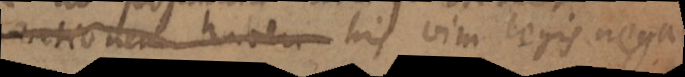
rationem haberi his vim legis negamus.